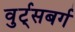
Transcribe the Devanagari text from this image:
वुर्ट्‌सबर्ग